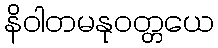
နိဝါတမနုဝတ္တယေ